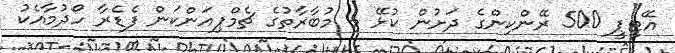
އޭޓީޕީ 500 ރޭންކިންގެ ދަށުން ކުޅޭ މި މުބާރާތުގެ ޗެމްޕިއަންކަން ފެޑެރާ ހޯދުމާއެކު